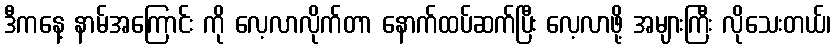
ဒီကနေ့ နာမ်အကြောင်း ကို လေ့လာလိုက်တာ နောက်ထပ်ဆက်ပြီး လေ့လာဖို့ အများကြီး လိုသေးတယ်၊